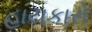
હાયકારો